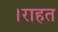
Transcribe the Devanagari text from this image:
।राहत